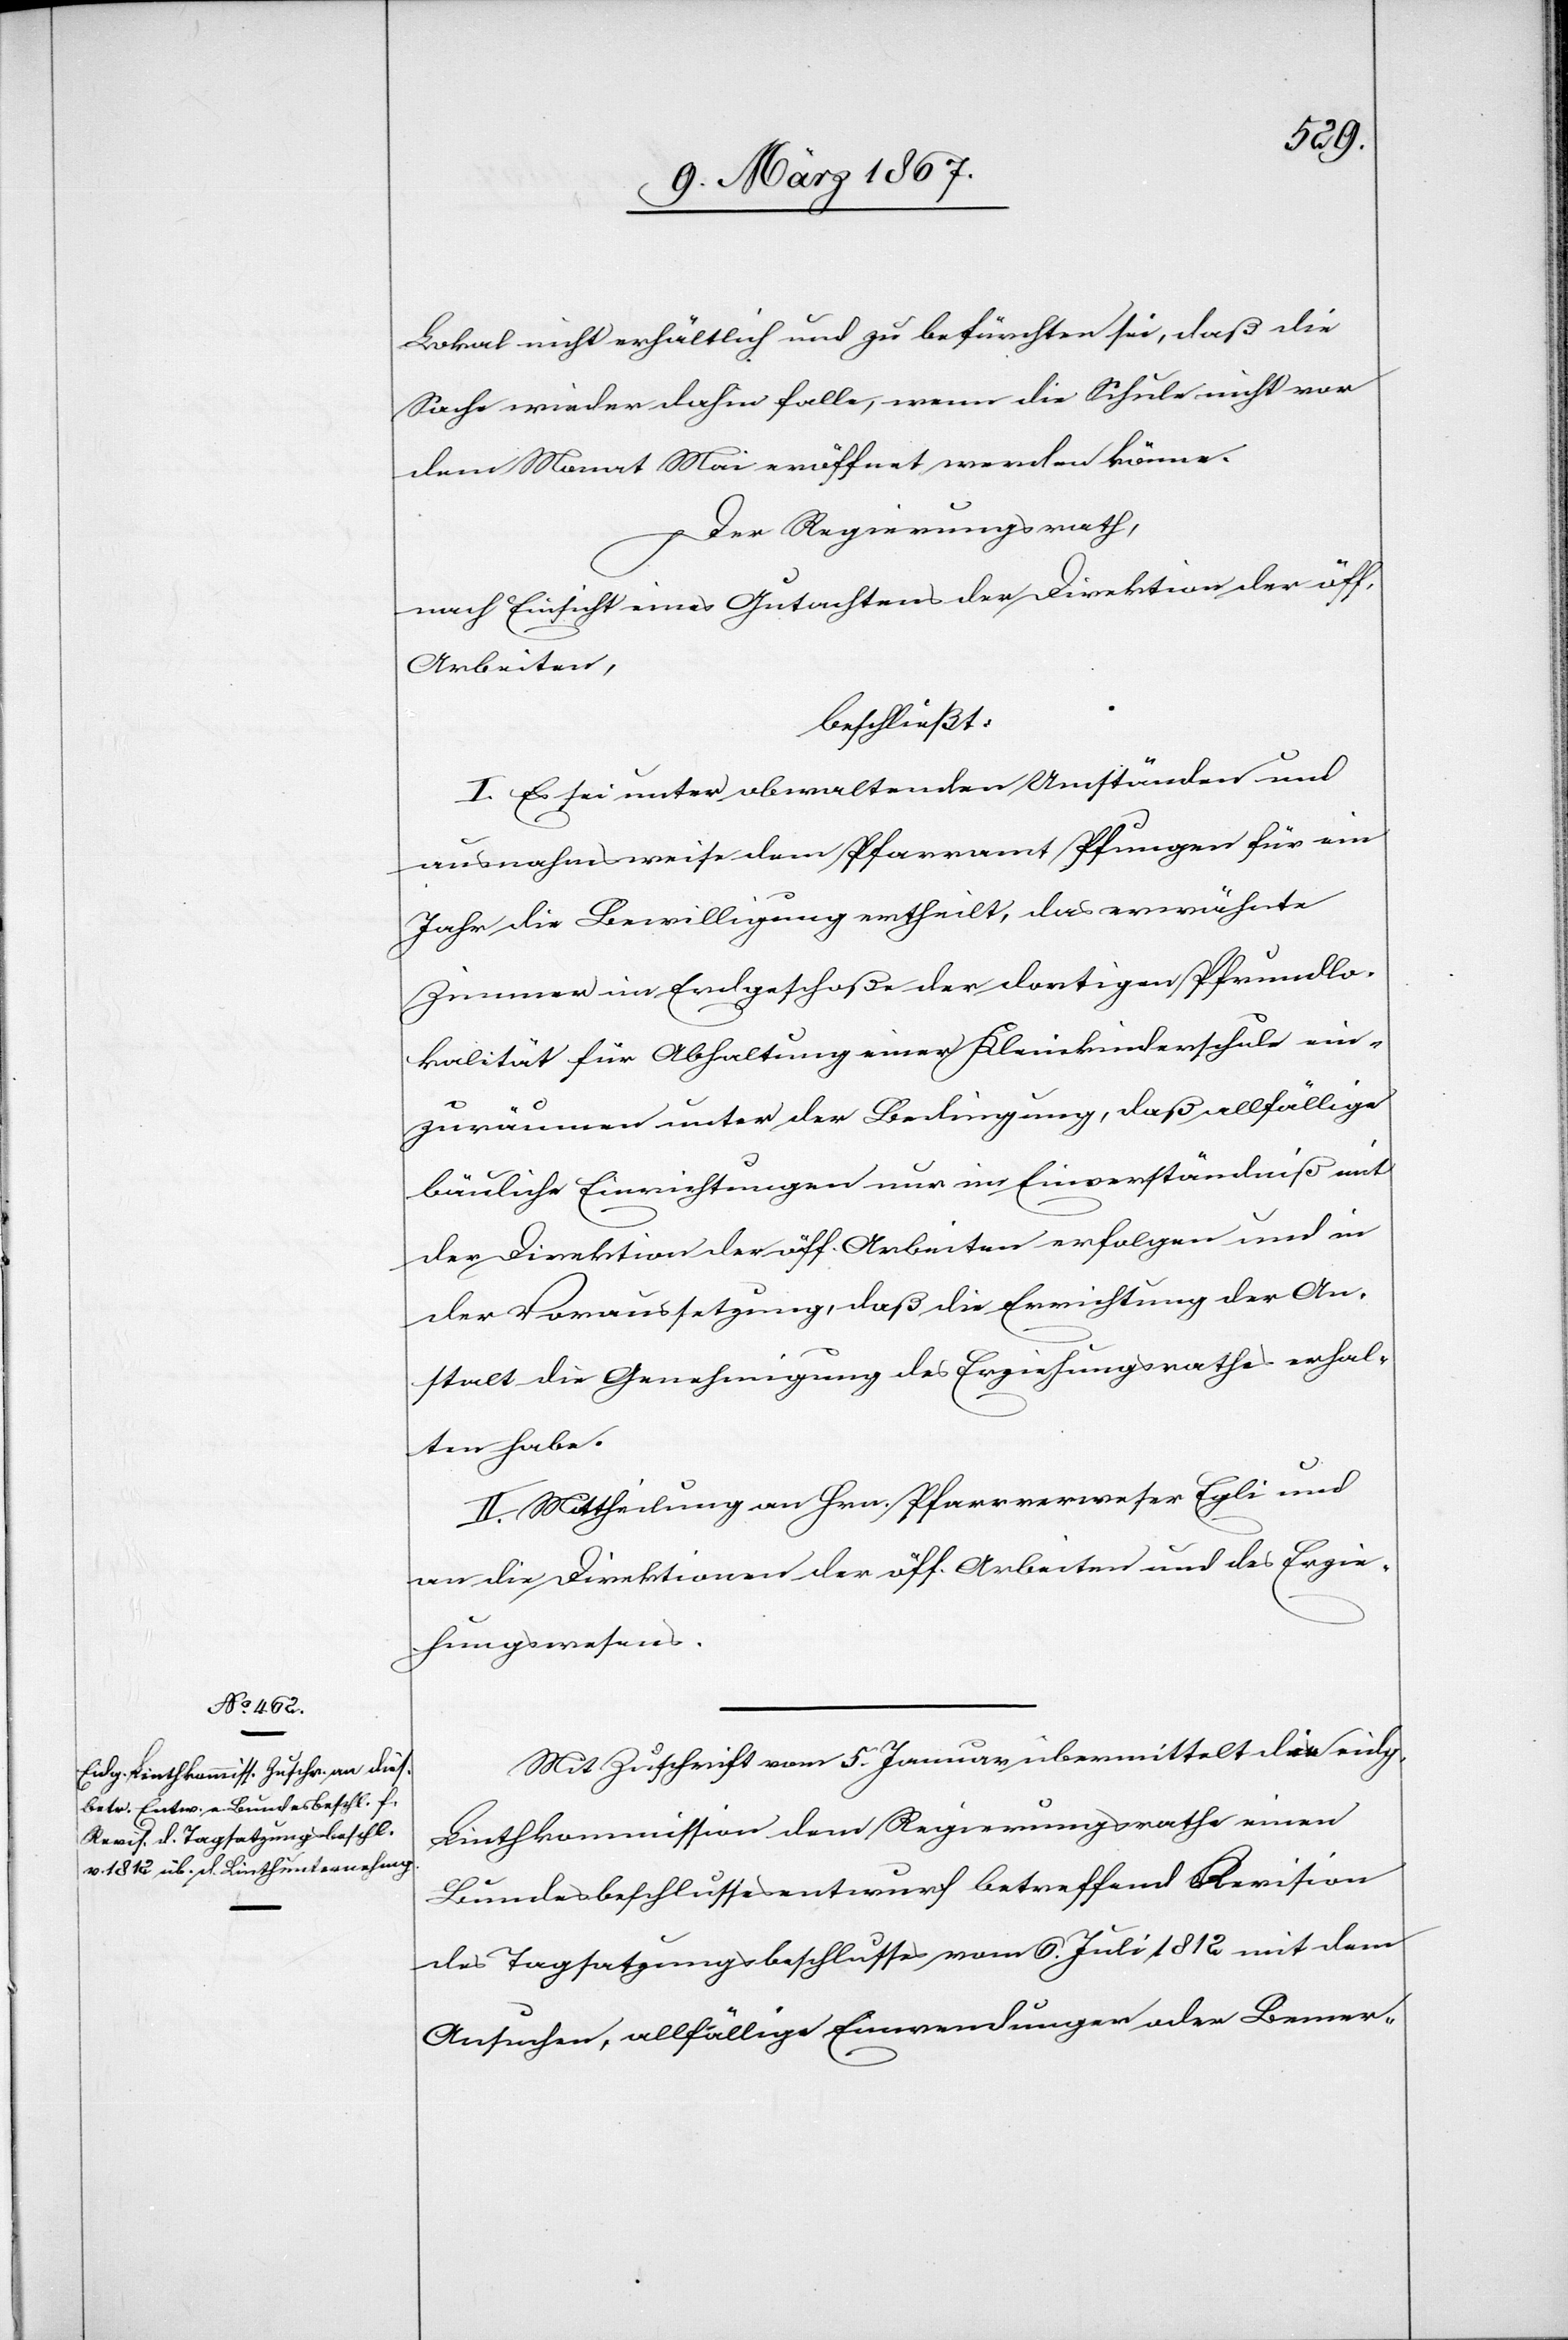
Lokal nicht erhältlich und zu befürchten sei, daß die
Sache wieder dahin falle, wenn die Schule nicht vor
dem Monat Mai eröffnet werden könne.
Der Regierungsrath,
nach Einsicht eines Gutachtens der Direktion der öff.
Arbeiten,
beschließt:
I. Es sei unter obwaltenden Umständen und
ausnahmsweise dem Pfarramt Pfungen für ein
Jahr die Bewilligung ertheilt, das erwähnte
Zimmer im Erdgeschoße der dortigen Pfrundlo¬
kalität für Abhaltung einer Kleinkinderschule ein¬
zuräumen unter der Bedingung, daß allfällige
bäuliche [sic!] Einrichtungen nur im Einverständniß mit
der Direktion der öff. Arbeiten erfolgen und in
der Voraussetzung, daß die Errichtung der An¬
stalt die Genehmigung des Erziehungsrathes erhal¬
ten habe.
II. Mittheilung an Hrn. Pfarrverweser Egli und
an die Direktionen der öff. Arbeiten und des Erzie¬
hungswesens.